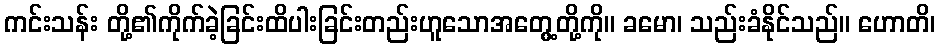
ကင်းသန်း တို့၏ကိုက်ခဲ့ခြင်းထိပါးခြင်းတည်းဟူသောအတွေ့တို့ကို။ ခမော၊ သည်းခံနိုင်သည်။ ဟောတိ၊